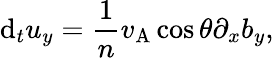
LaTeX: \mathrm{d}_{t}u_{y}=\frac{1}{n}v_{\mathrm{A}}\cos\theta\partial_{x}b_{y},